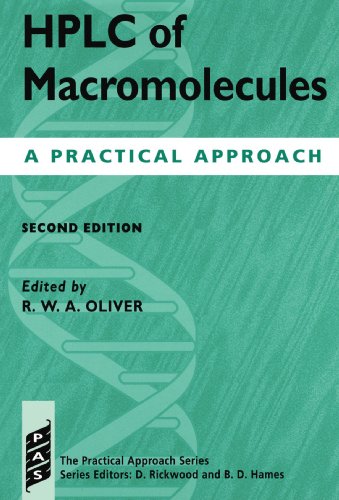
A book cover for HPLC of Macromolecules: A Practical Approach (Practical Approach Series); Science & Math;